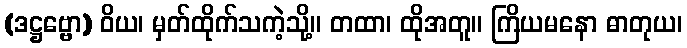
(ဒဋ္ဌဗ္ဗော) ဝိယ၊ မှတ်ထိုက်သကဲ့သို့။ တထာ၊ ထိုအတူ။ ကြိယမနော ဓာတုယ၊